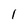
Character: 1